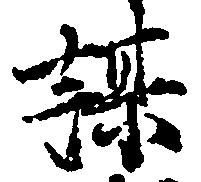
謀